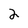
Character: 2